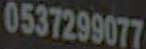
0537299077